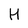
Character: H